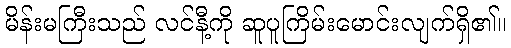
မိန်းမကြီးသည် လင်နီ့ကို ဆူပူကြိမ်းမောင်းလျက်ရှိ၏။